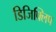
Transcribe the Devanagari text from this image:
डिजिफ्लिप